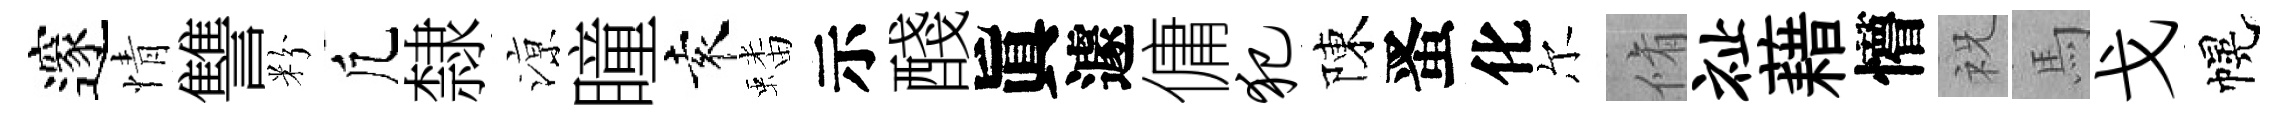
邃情讐粉凢隸鿌瞳袁蟠示醆眞遽傭犯陳󱉠化尔脩祉藉懵祝馬戈幌